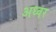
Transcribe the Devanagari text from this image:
अध्वर